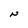
Character: N